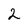
Character: 2